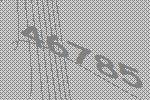
46785